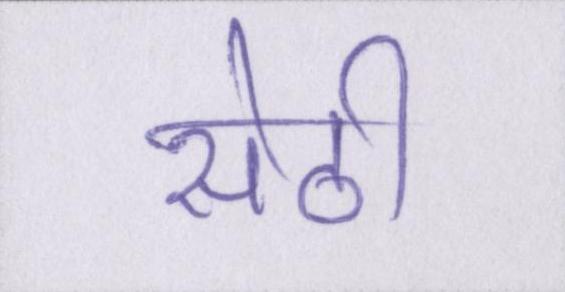
सेठी